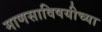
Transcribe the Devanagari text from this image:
माणसाविषयीच्या